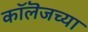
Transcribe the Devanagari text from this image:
काॅलॆजच्या